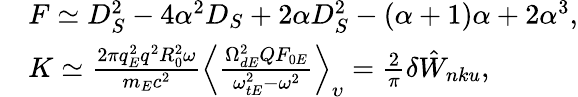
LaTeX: \begin{array}{rl}&{F\simeq D_{S}^{2}-4\alpha^{2}D_{S}+2\alpha D_{S}^{2}-(\alpha+1)\alpha+2\alpha^{3},}\\ &{K\simeq\frac{2\pi q_{E}^{2}q^{2}R_{0}^{2}\omega}{m_{E}c^{2}}\left\langle\frac{\Omega_{dE}^{2}QF_{0E}}{\omega_{tE}^{2}-\omega^{2}}\right\rangle_{\upsilon}=\frac{2}{\pi}\delta{\hat{W}}_{nku},}\end{array}